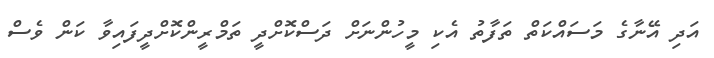
އަދި އޭނާގެ މަސައްކަތް ތަފާތު އެކި މީހުންނަށް ދަސްކޮށްދީ ތަމްރީންކޮށްދީފައިވާ ކަން ވެސް